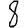
Digit: 8